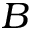
B